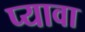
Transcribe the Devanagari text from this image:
प्यावा